Report on sanitation, dispensaries, and jails in Rajputana for 1915, and on vaccination for the year 1915-1916 - 1915-1916
Year: 1915
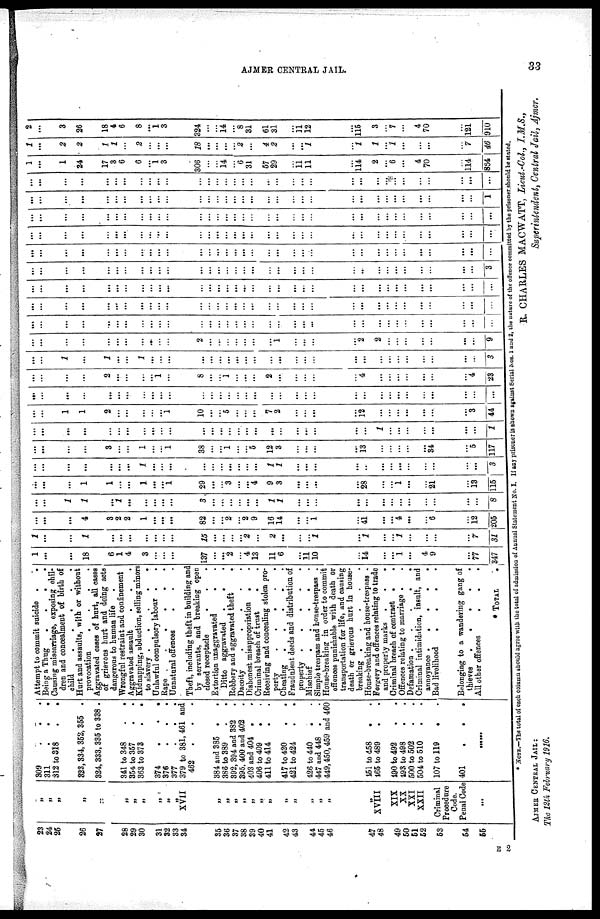
AJMER CENTRAL JAIL.
33
23
24
25
26
27
28
29
30
31
32
33
34
35
36
37
38
39
40
41
42
43
44
45
46
47
48
40
50
51
52
53
54
55
„ „
„
„
„
„
„
„
„
„
„
XVII
„
„
„
„
„
„
„
„
„
„
„
„
„
XVIII
XIX
XX
XXI
XXII
Criminal
Procedure
Code.
Penal Code
...
309 . . .
311
. . .
312 to 318 . .
323,334, 352, 355 .
324,333,335 to 338 .
341 to 348 . .
354 to 357 . .
363 to 373 . .
374
.
.
.
376
.
.
.
377
.
.
.
379 to 381, 461 and
462
.
. .
384 and 385 . .
386 to 389 . .
392, 394 and 382 .
395, 400 and 402 .
403 and 404 . .
406 to 409
. .
411 to 414 . .
417 to 420 . .
421 to 424 . .
426 to 440 . .
447 and 448 . .
449,450,459 and 460
451 to 458
. .
165 to 489 . .
490 to 492 . .
493 to 498 . .
500 to 502 . .
504 to 510 . .
107 to 119
. .
401
.
. .
......
Attempt to commit suicide .
.
Being a Thug
.
. . .
Causing miscarriage, exposing chil-
dren and concealment of birth of
child
.
.
.
.
.
Hurt and assaults, with or without
provocation
.
.
.
.
Aggravated cases of hurt, all cases
or grievous hurt and doing acts
dangerous to human life
.
Wrongful restraint and confinement
Aggravated assault
. . .
Kidnapping, abduction, selling minors
to slavery
.
. . . .
Unlawful compulsory labour .
.
Rape .
.
.
.
.
.
Unnatural offences
. . .
Theft, including theft in building and
by servants, and breaking open
closed receptacle
. . .
Extortion unaggravated
. .
Ditto aggravated .
. .
Robbery and aggravated theft
.
Dacoity
.
.
.
.
.
Dishonest misappropriation . .
Criminal breach of trust . .
Receiving and concealing stolen pro¬
perty
.
.
.
.
.
Cheating
.
.
.
.
.
Fraudulent deeds and distribution of
property .
.
.
.
.
Mischief
.
.
.
.
.
Simple trespass and house-trespass .
Honse-breaking in order to commit
offences punishable with death or
transportation for life, and causing
death or grievous hurt in house-
breaking .
.
.
.
.
House-breaking and house-trespass .
Forgery and offences relating to trade
and property marks .
.
.
Criminal breach of contract . .
Offences relating to marriage . .
Defamation .
.
.
.
.
Criminal intimidation, insult, and
annoyance .
.
.
.
.
Bad livelihood
.
.
.
.
Belonging to a wandering gang of
thieves
.
.
.
.
.
All other offences
.
.
.
* TOTAL
.
1
...
...
18
6
1
4
3
...
...
...
137
...
...
2
...
4
13
11
6
...
11
10
...
14
...
...
1
...
4
9
...
77
347
1
...
...
1
...
...
...
...
...
...
...
15
...
...
...
...
2
...
2
...
...
...
1
...
1
...
...
1
...
...
...
...
7
31
...
...
...
4
3
2
2
1
...
...
...
82
...
...
2
...
2
9
16
14
...
...
1
...
41
...
...
4
...
...
6
...
12
205
...
...
1
1
...
1
...
...
...
...
...
3
...
...
...
...
...
...
1
1
...
...
...
...
...
...
...
...
...
...
...
...
...
8
...
...
...
1
1
...
...
1
...
...
1
29
...
...
3
...
...
4
9
3
...
...
...
...
28
...
...
1
...
...
21
...
13
115
...
...
...
...
...
...
...
1
...
...
...
...
...
...
...
...
...
...
1
1
...
...
...
...
...
...
...
...
...
...
...
...
...
3
...
...
...
...
3
...
...
1
...
...
1
38
...
...
1
...
...
5
12
3
...
...
...
...
13
...
...
...
...
...
34
...
5
117
...
...
...
...
...
...
...
...
...
...
...
...
...
...
...
...
...
...
...
...
...
...
...
...
...
1
...
...
...
...
...
...
...
1
...
...
1
1
2
...
...
...
...
...
1
10
...
...
5
...
...
...
7
2
...
...
...
...
12
...
...
...
...
...
...
...
3
44
...
...
...
...
...
...
...
...
...
...
...
...
...
...
...
...
...
...
...
...
...
...
...
...
...
...
...
...
...
...
...
...
...
...
...
...
...
...
2
...
...
...
...
11
...
8
...
...
1
...
...
...
2
...
...
...
...
...
4
...
...
...
...
...
...
...
4
23
...
...
1
...
1
...
...
1
...
...
...
...
...
...
...
...
...
...
...
...
...
...
...
...
...
...
...
...
...
...
...
...
...
3
...
...
...
...
...
...
...
...
...
...
...
2
...
...
...
...
...
...
...
1
...
...
...
...
2
2
...
...
...
...
...
...
...
9
...
...
...
...
...
...
...
...
...
...
...
...
...
...
...
...
...
...
...
...
...
...
...
...
...
...
...
...
...
...
...
...
...
...
...
...
...
...
...
...
...
...
...
...
...
...
...
...
...
...
...
...
...
...
...
...
...
...
...
...
...
...
...
...
...
...
...
...
...
...
...
...
...
...
...
...
...
...
...
...
...
...
...
...
...
...
...
...
...
...
...
...
...
...
...
...
...
...
...
...
...
...
...
...
...
...
...
...
...
...
...
...
...
...
...
...
...
...
...
...
...
...
...
...
...
...
..
...
...
...
...
...
...
...
...
3
...
...
...
...
...
...
...
...
...
...
...
...
...
...
...
...
...
...
...
...
...
...
...
...
...
...
...
...
...
...
...
...
...
...
...
...
...
...
...
...
...
...
...
...
...
...
...
...
...
...
...
...
...
...
...
...
...
...
...
...
...
...
...
...
...
...
...
....
...
...
...
...
...
...
...
...
...
...
...
...
...
...
...
...
...
...
...
...
...
...
...
...
...
...
...
...
...
...
...
...
...
...
...
...
...
...
...
...
...
...
...
...
...
...
...
...
...
...
...
...
...
...
...
...
...
...
...
...
...
...
...
...
...
...
...
1
...
...
...
...
...
...
...
...
...
...
...
...
...
...
...
...
...
...
...
...
...
...
...
...
...
...
...
...
...
...
...
...
...
1
...
1
24
17
3
6
6
...
1
3
306
...
...
14
...
6
31
57
29
...
11
11
...
114
2
...
6
...
4
70
...
114
864
1
...
2
2
1
1
...
2
...
...
...
18
...
...
...
...
2
...
4
2
...
...
1
...
1
1
...
1
...
...
...
...
7
46
2
...
3
26
18
4
6
8
...
1
3
324
...
...
14
...
8
31
61
31
...
11 12
...
115
3
...
7
...
4
70
...
121
910
*NOTE.—The total of each column should agree with the total of admission of Annual Statement No. I. If any prisoner is shown against Serial Nos. 1 and 2, the nature of the offence committed by the prisoner should be stated.
R. CHARLES MACWATT, Lieut.-Col., I.M.S.,
Superintendent, Central Jail, Ajmer.
AJMER CENTRAL JAIL:
The 12th February 1916.
E 2